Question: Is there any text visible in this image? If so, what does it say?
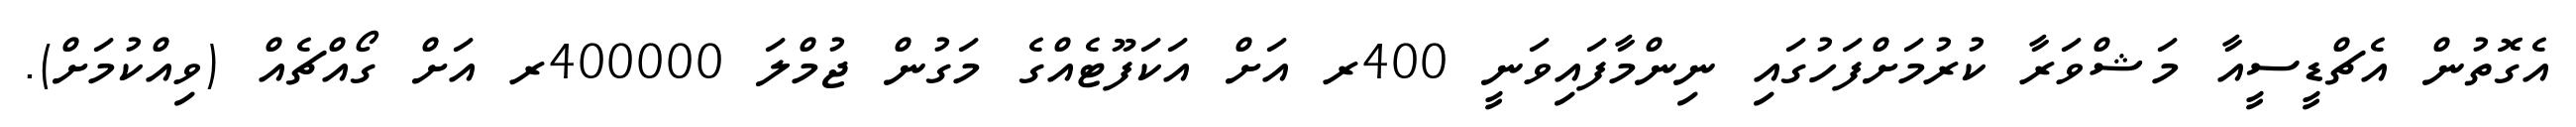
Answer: އެގޮތުން އެޗްޑީސީއާ މަޝްވަރާ ކުރުމަށްފަހުގައި ނިންމާފައިވަނީ 400ރ އަށް އަކަފޫޓެއްގެ މަގުން ޖުމްލަ 400000ރ އަށް ގޯއްޗެއް (ވިއްކުމަށް).